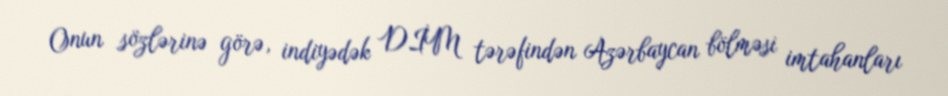
Onun sözlərinə görə, indiyədək DİM tərəfindən Azərbaycan bölməsi imtahanları